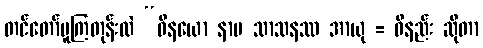
တင်တော်မူကြတုန်းလဲ “ဝိနယော နာမ သာသနဿ အာယု = ဝိနည်း ဆိုတာ